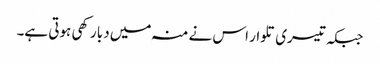
جبکہ تیسری تلوار اس نے منہ میں دبا رکھی ہوتی ہے۔